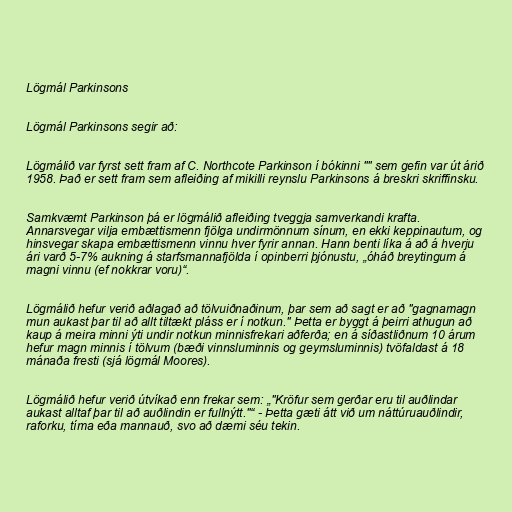
Lögmál Parkinsons

Lögmál Parkinsons segir að:

Lögmálið var fyrst sett fram af C. Northcote Parkinson í bókinni "" sem gefin var út árið
1958. Það er sett fram sem afleiðing af mikilli reynslu Parkinsons á breskri skriffinsku.

Samkvæmt Parkinson þá er lögmálið afleiðing tveggja samverkandi krafta.
Annarsvegar vilja embættismenn fjölga undirmönnum sínum, en ekki keppinautum, og
hinsvegar skapa embættismenn vinnu hver fyrir annan. Hann benti líka á að á hverju
ári varð 5-7% aukning á starfsmannafjölda í opinberri þjónustu, „óháð breytingum á
magni vinnu (ef nokkrar voru)“.

Lögmálið hefur verið aðlagað að tölvuiðnaðinum, þar sem að sagt er að "gagnamagn
mun aukast þar til að allt tiltækt pláss er í notkun." Þetta er byggt á þeirri athugun að
kaup á meira minni ýti undir notkun minnisfrekari aðferða; en á síðastliðnum 10 árum
hefur magn minnis í tölvum (bæði vinnsluminnis og geymsluminnis) tvöfaldast á 18
mánaða fresti (sjá lögmál Moores).

Lögmálið hefur verið útvíkað enn frekar sem: „"Kröfur sem gerðar eru til auðlindar
aukast alltaf þar til að auðlindin er fullnýtt."“ - Þetta gæti átt við um náttúruauðlindir,
raforku, tíma eða mannauð, svo að dæmi séu tekin.